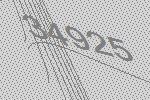
34925